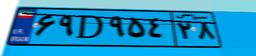
۶۹D۹۵۴۲۸